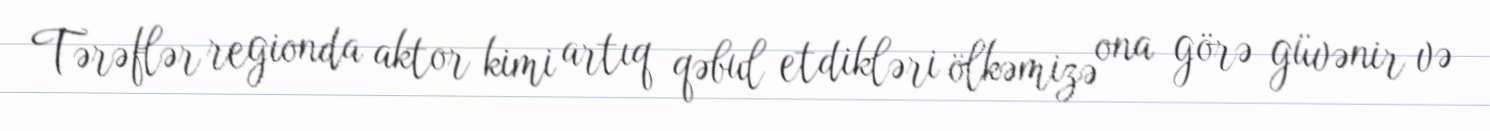
Tərəflər regionda aktor kimi artıq qəbul etdikləri ölkəmizə ona görə güvənir və